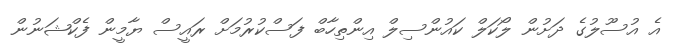
އެ އުސޫލުގެ ދަށުން ލޯކަލް ކައުންސިލް އިންތިހާބް ފަސްކުރުމަށް ރައީސް ޔާމީން ފެކްޝަނުން